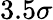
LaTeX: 3.5\sigma